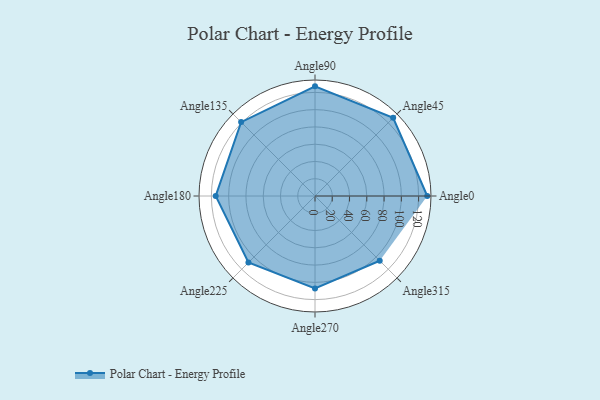
{"axis": {"x": "Angle", "y": "Radius"}, "legend": [""], "data": [{"x": "Angle0", "y": 130.0, "type": ""}, {"x": "Angle45", "y": 128.0, "type": ""}, {"x": "Angle90", "y": 127.0, "type": ""}, {"x": "Angle135", "y": 121.0, "type": ""}, {"x": "Angle180", "y": 115.0, "type": ""}, {"x": "Angle225", "y": 109.0, "type": ""}, {"x": "Angle270", "y": 107.0, "type": ""}, {"x": "Angle315", "y": 106.0, "type": ""}]}